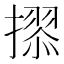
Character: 𭢢